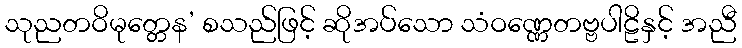
သုညတဝိမုတ္တေန’ စသည်ဖြင့် ဆိုအပ်သော သံဝဏ္ဏေတဗ္ဗပါဠိနှင့် အညီ